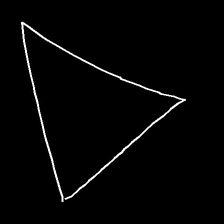
Glyph: convergence